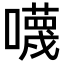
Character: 𡃙